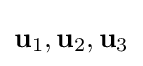
\mathbf {u} _{1},\mathbf {u} _{2},\mathbf {u} _{3}